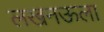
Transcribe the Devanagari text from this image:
लखनऊला